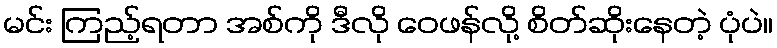
မင်း ကြည့်ရတာ အစ်ကို ဒီလို ဝေဖန်လို့ စိတ်ဆိုးနေတဲ့ ပုံပဲ။